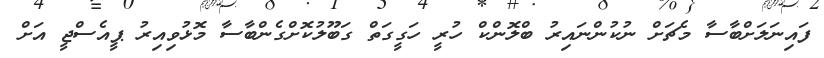
ފައިނަލަށްބާސާ މެޗަށް ނުކުންނައިރު ބްލޮންކް ހުރީ ހަގީގަތް ގަބޫލުކޮށްގެންބާސާ މޮޅުވިއިރު ޕީއެސްޖީ އަށް